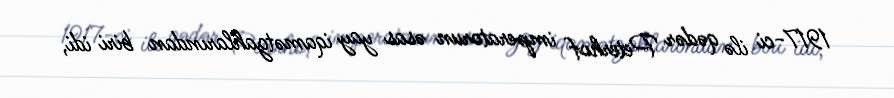
1917-ci ilə qədər Peterhof imperatorun əsas yay iqamətgahlarından biri idi,